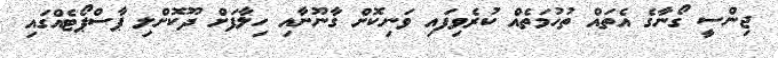
ޖިންސީ ގޯނާގެ އެތައް ތުހުމަތެއް ކުރެވިފައި ވަނިކޮށް ގާނޫނާއި ހިލާފަށް ދޫކޮށްލި ޕާސްޕޯޓެއްގައި